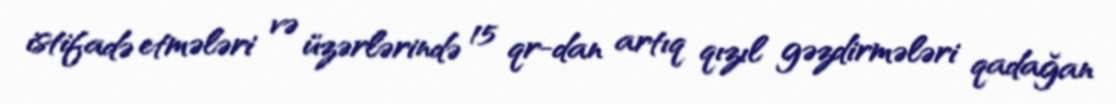
istifadə etmələri və üzərlərində 15 qr-dan artıq qızıl gəzdirmələri qadağan